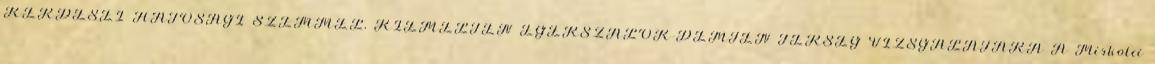
KÉRDÉSEI HATÓSÁGI SZEMMEL, KIEMELTEN EGERSZALÓK-DEMJÉN TÉRSÉG VIZSGÁLATÁRA A Miskolci